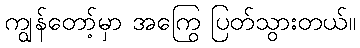
ကျွန်တော့်မှာ အကြွေ ပြတ်သွားတယ်။